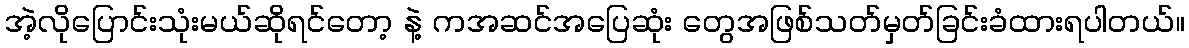
အဲ့လိုပြောင်းသုံးမယ်ဆိုရင်တော့ နဲ့ ကအဆင်အပြေဆုံး တွေအဖြစ်သတ်မှတ်ခြင်းခံထားရပါတယ်။